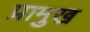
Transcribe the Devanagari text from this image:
प्रामुख